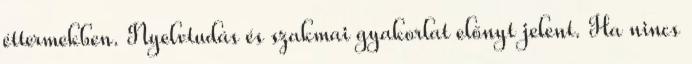
éttermekben. Nyelvtudás és szakmai gyakorlat előnyt jelent. Ha nincs